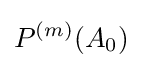
P^{(m)}(A_{0})